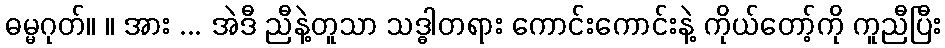
ဓမ္မဂုတ်။ ။ အား ... အဲဒီ ညီနဲ့တူသာ သဒ္ဓါတရား ကောင်းကောင်းနဲ့ ကိုယ်တော့်ကို ကူညီပြီး